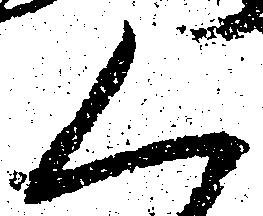
く